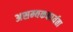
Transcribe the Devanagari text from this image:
असम्यककार्यता